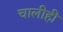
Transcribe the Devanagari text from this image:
चालीही